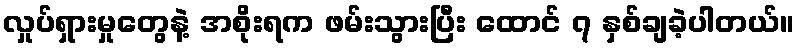
လှုပ်ရှားမှုတွေနဲ့ အစိုးရက ဖမ်းသွားပြီး ထောင် ၇ နှစ်ချခဲ့ပါတယ်။